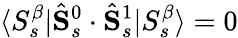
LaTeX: \langle S_{s}^{\beta}|\hat{\mathbf{S}}_{s}^{0}\cdot\hat{\mathbf{S}}_{s}^{1}|S_{s}^{\beta}\rangle=0